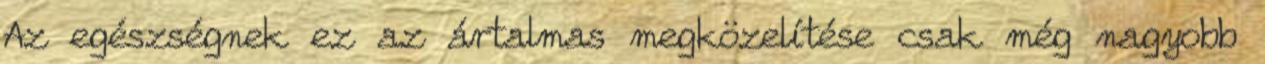
Az egészségnek ez az ártalmas megközelítése csak még nagyobb